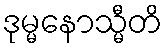
ဒုမ္မနောသ္မီတိ